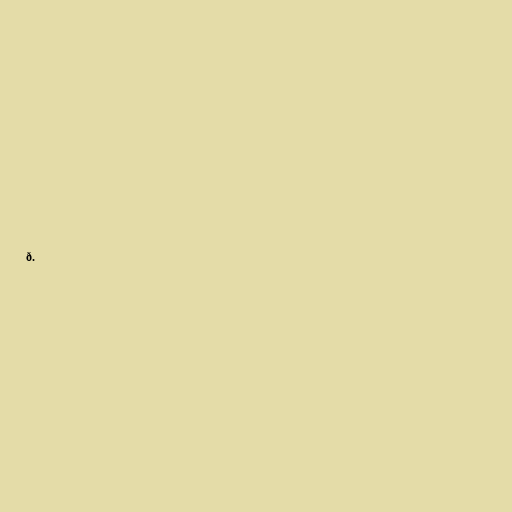
ð.